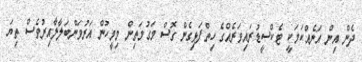
ދެން އިން އަނެއްކަމަކީ ޓެކްސީޑުރައިވަރެއްގެ ހިތްފަޅިގެން ގޮސް މަގުމަތިން މިމީހުން އަރުވަންބަލާލާއިރުވެސް ތިޔަ